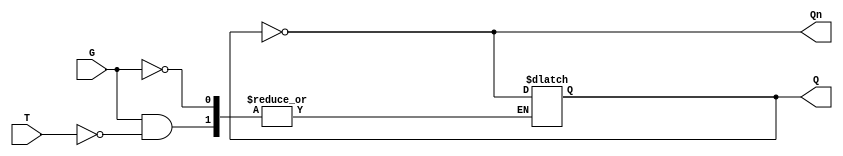
module Gated_T_Latch (
    input wire T,      // Toggle Input
    input wire G,      // Gate Signal
    output reg Q,      // Output Q
    output wire Qn     // Complement of Q
);

    assign Qn = ~Q; // Q' (not Q)

    always @(*) begin
        if (G) begin
            if (T) begin
                Q <= ~Q; // Toggle the state
            end
            // If T is low, Q remains unchanged
        end
        // If G is low, Q remains unchanged
    end

endmodule